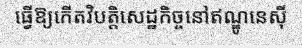
ធ្វើឱ្យកើតវិបត្តិសេដ្ឋកិច្ចនៅឥណ្ឌូនេស៊ី